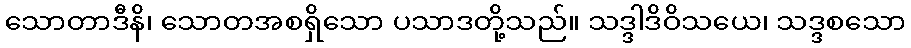
သောတာဒီနိ၊ သောတအစရှိသော ပသာဒတို့သည်။ သဒ္ဒါဒိဝိသယေ၊ သဒ္ဒစသော